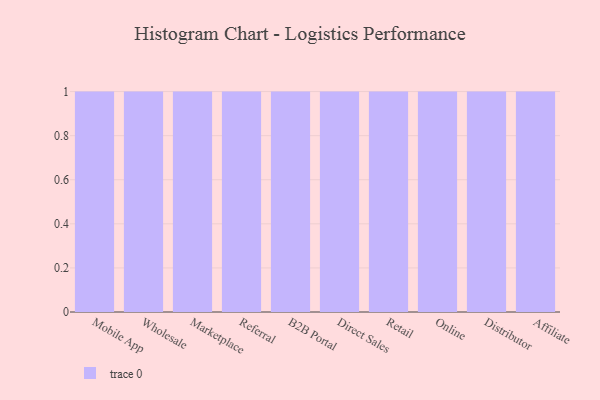
{"axis": {"x": "Channel", "y": "Tickets Resolved"}, "legend": [""], "data": [{"x": "Mobile App", "y": 98, "type": ""}, {"x": "Wholesale", "y": 20, "type": ""}, {"x": "Marketplace", "y": 49, "type": ""}, {"x": "Referral", "y": 63, "type": ""}, {"x": "B2B Portal", "y": 23, "type": ""}, {"x": "Direct Sales", "y": 25, "type": ""}, {"x": "Retail", "y": 49, "type": ""}, {"x": "Online", "y": 55, "type": ""}, {"x": "Distributor", "y": 81, "type": ""}, {"x": "Affiliate", "y": 38, "type": ""}]}